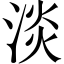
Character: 淡